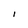
Character: I